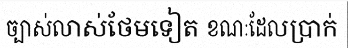
ច្បាស់លាស់ថែមទៀត ខណៈដែលប្រាក់